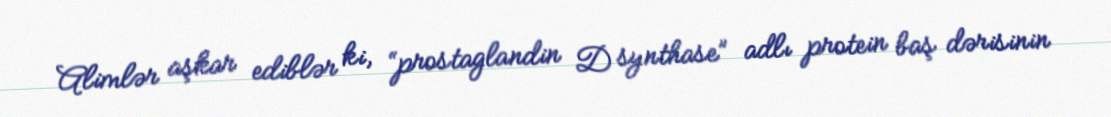
Alimlər aşkar ediblər ki, “prostaglandin D synthase” adlı protein baş dərisinin